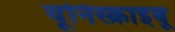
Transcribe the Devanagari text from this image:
यूनिस्क्राइबू